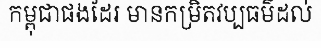
កម្ពុជាផងដែរ មានកម្រិតវប្បធម៌ដល់